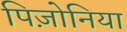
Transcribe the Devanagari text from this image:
पिज़ोनिया